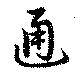
通